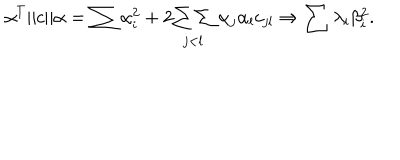
\alpha ^ { T } \| c \| \alpha = \sum \alpha _ { i } ^ { 2 } + 2 \! \begin{array} { c } { { { } } } \\ { { { \sum \sum } } } \\ { { { } _ { j < l } } } \\ \end{array} \alpha _ { j } \alpha _ { l } c _ { j l } \Rightarrow \sum \lambda _ { i } \beta _ { i } ^ { 2 } .